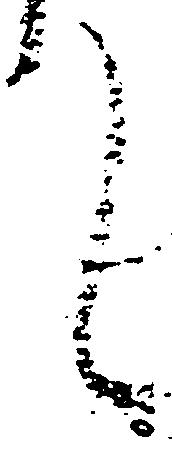
て